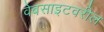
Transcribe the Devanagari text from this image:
वेबसाइटवरील